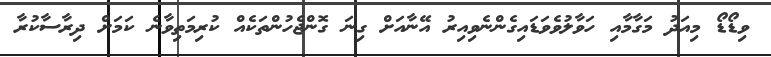
ވިޑޯޑޯ މިއަދު މަގާމާއި ހަވާލުވެވަޑައިގެންނެވިއިރު އޭނާއަށް ގިނަ ގޮންޖެހުންތަކެއް ކުރިމަތިވާނެ ކަމަށް ދިރާސާކުރާ